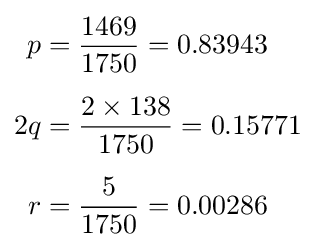
{\begin{aligned}p&={1469 \over 1750}=0.83943\\[5pt]2q&={2\times 138 \over 1750}=0.15771\\[5pt]r&={5 \over 1750}=0.00286\end{aligned}}